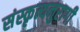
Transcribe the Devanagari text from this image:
संस्कृत्यनुरागी